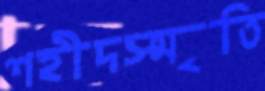
শহীদস্মৃতি